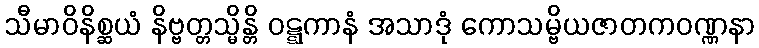
သီမာဝိနိစ္ဆယံ နိဗ္ဗတ္တသ္မိန္တိ ဝဋ္ဋကာနံ အသာဒုံ ကောသမ္ဗိယဇာတကဝဏ္ဏနာ